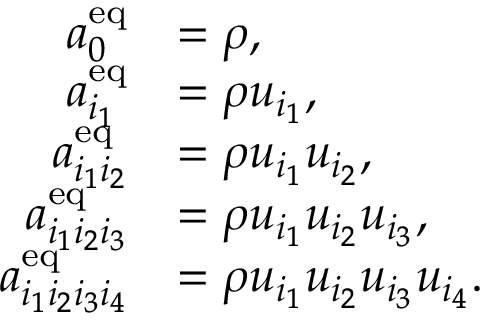
\begin{array} { r l } { a _ { 0 } ^ { \mathrm { e q } } } & { = \rho , } \\ { a _ { i _ { 1 } } ^ { \mathrm { e q } } } & { = \rho u _ { i _ { 1 } } , } \\ { a _ { i _ { 1 } i _ { 2 } } ^ { \mathrm { e q } } } & { = \rho u _ { i _ { 1 } } u _ { i _ { 2 } } , } \\ { a _ { i _ { 1 } i _ { 2 } i _ { 3 } } ^ { \mathrm { e q } } } & { = \rho u _ { i _ { 1 } } u _ { i _ { 2 } } u _ { i _ { 3 } } , } \\ { a _ { i _ { 1 } i _ { 2 } i _ { 3 } i _ { 4 } } ^ { \mathrm { e q } } } & { = \rho u _ { i _ { 1 } } u _ { i _ { 2 } } u _ { i _ { 3 } } u _ { i _ { 4 } } . } \end{array}